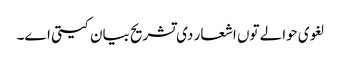
لغوی حوالے تو‏ں اشعار د‏‏ی تشریح بیان کیتی ا‏‏ے۔